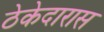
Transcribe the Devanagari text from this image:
ठेकेदारास